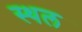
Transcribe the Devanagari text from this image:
स्थल